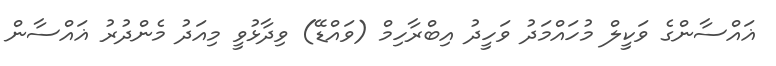
ޣައްސާންގެ ވަކީލް މުހައްމަދު ވަހީދު އިބްރާހިމް (ވައްޑޭ) ވިދާޅުވީ މިއަދު މެންދުރު ޣައްސާން